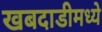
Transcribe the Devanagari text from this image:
खबदाडीमध्ये